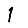
Digit: 1